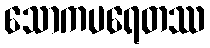
သောကပရေတဿ